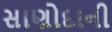
સાણોદાની